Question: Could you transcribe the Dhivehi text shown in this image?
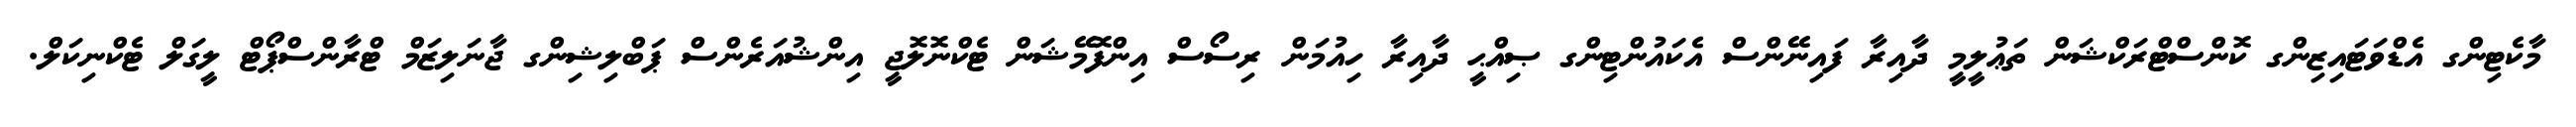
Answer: މާކެޓިންގ އެޑްވަޓައިޒިންގ ކޮންސްޓްރަކްޝަން ތަޢުލީމީ ދާއިރާ ފައިނޭންސް އެކައުންޓިންގ ޞިއްޙީ ދާއިރާ ހިއުމަން ރިސޯސް އިންފޮމޭޝަން ޓެކްނޮލޮޖީ އިންޝުއަރެންސް ޕަބްލިޝިންގ ޖާނަލިޒަމް ޓްރާންސްޕޯޓް ލީގަލް ޓެކްނިކަލް.